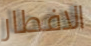
الافطار